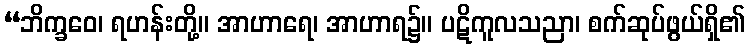
“ဘိက္ခဝေ၊ ရဟန်းတို့။ အာဟာရေ၊ အာဟာရ၌။ ပဋိကူလသညာ၊ စက်ဆုပ်ဖွယ်ရှိ၏